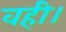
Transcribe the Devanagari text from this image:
वही।